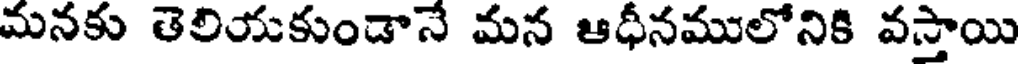
మనకు తెలియకుండానే మన ఆధీనములోనికి వస్తాయి